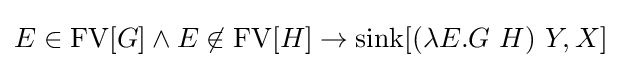
E\in \operatorname {FV} [G]\land E\not \in \operatorname {FV} [H]\to \operatorname {sink} [(\lambda E.G\ H)\ Y,X]